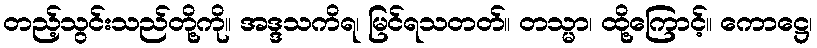
တည့်သွင်းသည်တို့ကို။ အဒ္ဒသကိရ၊ မြင်ရသတတ်။ တသ္မာ၊ ထို့ကြောင့်။ ကောဋ္ဌေ၊